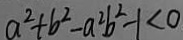
a ^ { 2 } + b ^ { 2 } - a ^ { 2 } b ^ { 2 } - 1 < 0